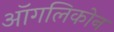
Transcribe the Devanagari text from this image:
ऑगलिकोन